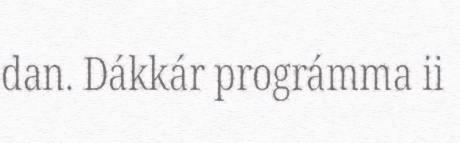
dan. Dákkár prográmma ii